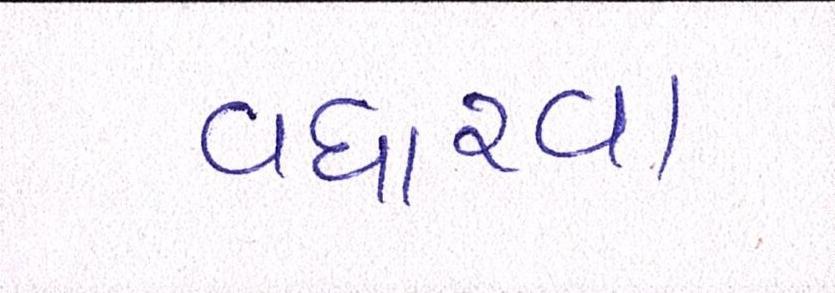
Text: વધારવા